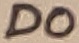
Text: D0